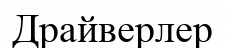
Драйверлер